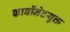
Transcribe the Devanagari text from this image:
कार्बोनेटयुक्त